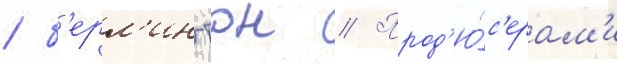
/ б'ерл'ингтон // Прод'ю́с'ерам'и